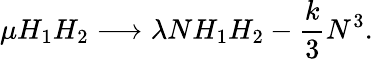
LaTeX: \mu H_{1}H_{2}\longrightarrow\lambda NH_{1}H_{2}-{\frac{k}{3}}N^{3}.